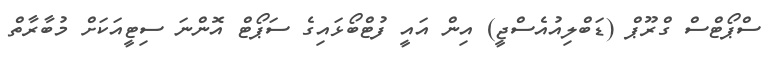
ސްޕޯޓްސް ގްރޫޕް (ޑަބްލިއުއެސްޖީ) އިން އައީ ފުޓްބޯޅައިގެ ސަޕޯޓް އޮންނަ ސިޓީއަކަށް މުބާރާތް